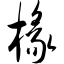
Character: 椽